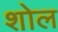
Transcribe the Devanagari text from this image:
शोल